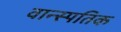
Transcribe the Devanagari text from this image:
वान्स्पतिक